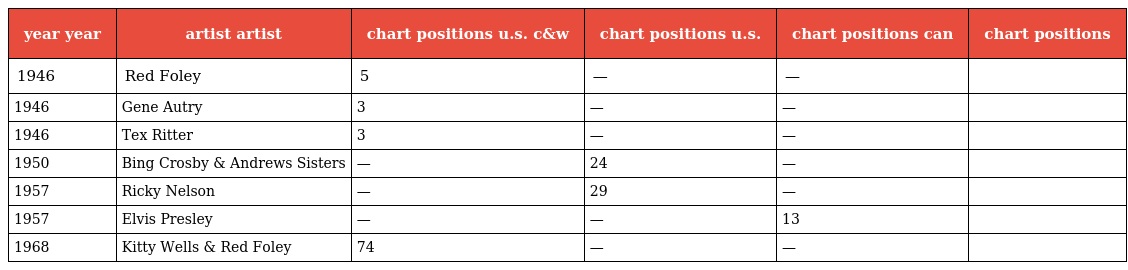
| year year | artist artist | chart positions u.s. c&w | chart positions u.s. | chart positions can | chart positions |
 | --- | --- | --- | --- | --- | --- |
 | 1946 | Red Foley | 5 | — | — |  |
 | 1946 | Gene Autry | 3 | — | — |  |
 | 1946 | Tex Ritter | 3 | — | — |  |
 | 1950 | Bing Crosby & Andrews Sisters | — | 24 | — |  |
 | 1957 | Ricky Nelson | — | 29 | — |  |
 | 1957 | Elvis Presley | — | — | 13 |  |
 | 1968 | Kitty Wells & Red Foley | 74 | — | — |  |